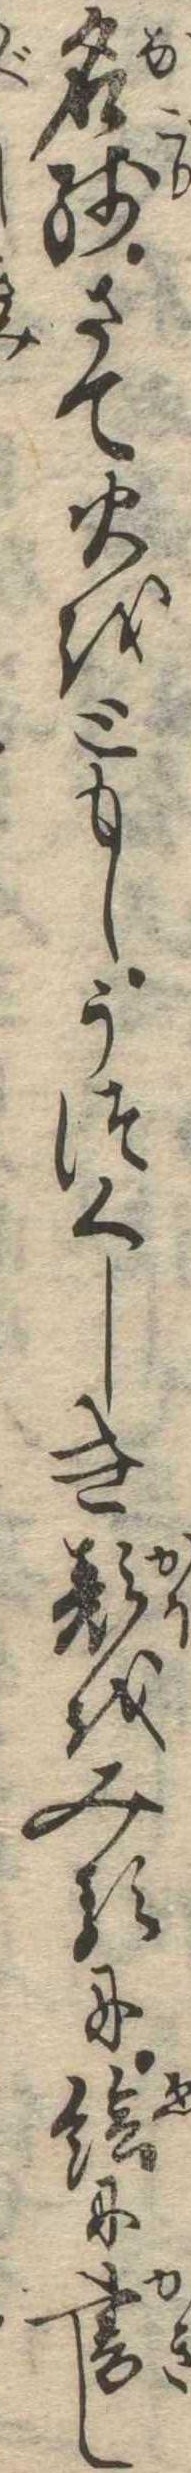
名残さて火をともしうつくしき顔をみるに絵に書し